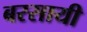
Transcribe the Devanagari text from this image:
बरसायी